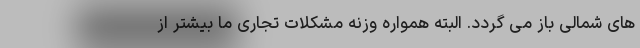
های شمالی باز می گردد. البته همواره وزنه مشکلات تجاری ما بیشتر از